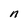
Character: n